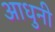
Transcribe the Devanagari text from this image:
आधुनी